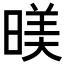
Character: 𣈸